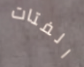
الفتات